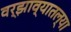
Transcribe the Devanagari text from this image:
वर्झाव्यातल्या